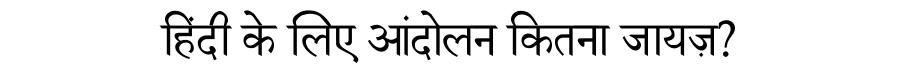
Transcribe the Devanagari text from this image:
हिंदी के लिए आंदोलन कितना जायज़?